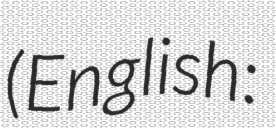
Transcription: (English: